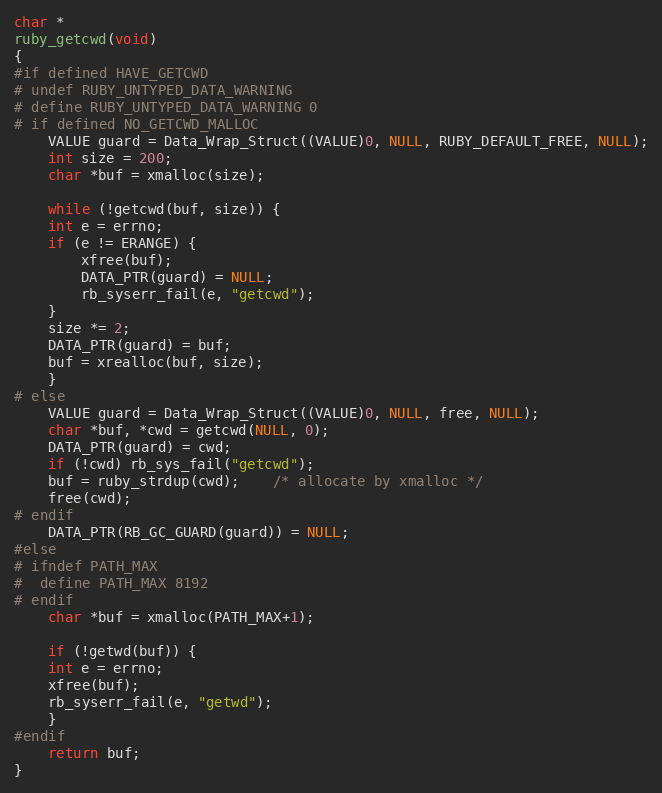
Language: C
char *
ruby_getcwd(void)
{
#if defined HAVE_GETCWD
# undef RUBY_UNTYPED_DATA_WARNING
# define RUBY_UNTYPED_DATA_WARNING 0
# if defined NO_GETCWD_MALLOC
    VALUE guard = Data_Wrap_Struct((VALUE)0, NULL, RUBY_DEFAULT_FREE, NULL);
    int size = 200;
    char *buf = xmalloc(size);

    while (!getcwd(buf, size)) {
	int e = errno;
	if (e != ERANGE) {
	    xfree(buf);
	    DATA_PTR(guard) = NULL;
	    rb_syserr_fail(e, "getcwd");
	}
	size *= 2;
	DATA_PTR(guard) = buf;
	buf = xrealloc(buf, size);
    }
# else
    VALUE guard = Data_Wrap_Struct((VALUE)0, NULL, free, NULL);
    char *buf, *cwd = getcwd(NULL, 0);
    DATA_PTR(guard) = cwd;
    if (!cwd) rb_sys_fail("getcwd");
    buf = ruby_strdup(cwd);	/* allocate by xmalloc */
    free(cwd);
# endif
    DATA_PTR(RB_GC_GUARD(guard)) = NULL;
#else
# ifndef PATH_MAX
#  define PATH_MAX 8192
# endif
    char *buf = xmalloc(PATH_MAX+1);

    if (!getwd(buf)) {
	int e = errno;
	xfree(buf);
	rb_syserr_fail(e, "getwd");
    }
#endif
    return buf;
}